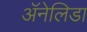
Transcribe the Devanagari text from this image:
ॲनेलिडा